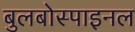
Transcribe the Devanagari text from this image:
बुलबोस्पाइनल